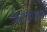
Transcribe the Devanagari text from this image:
ज़ेनोडोरस